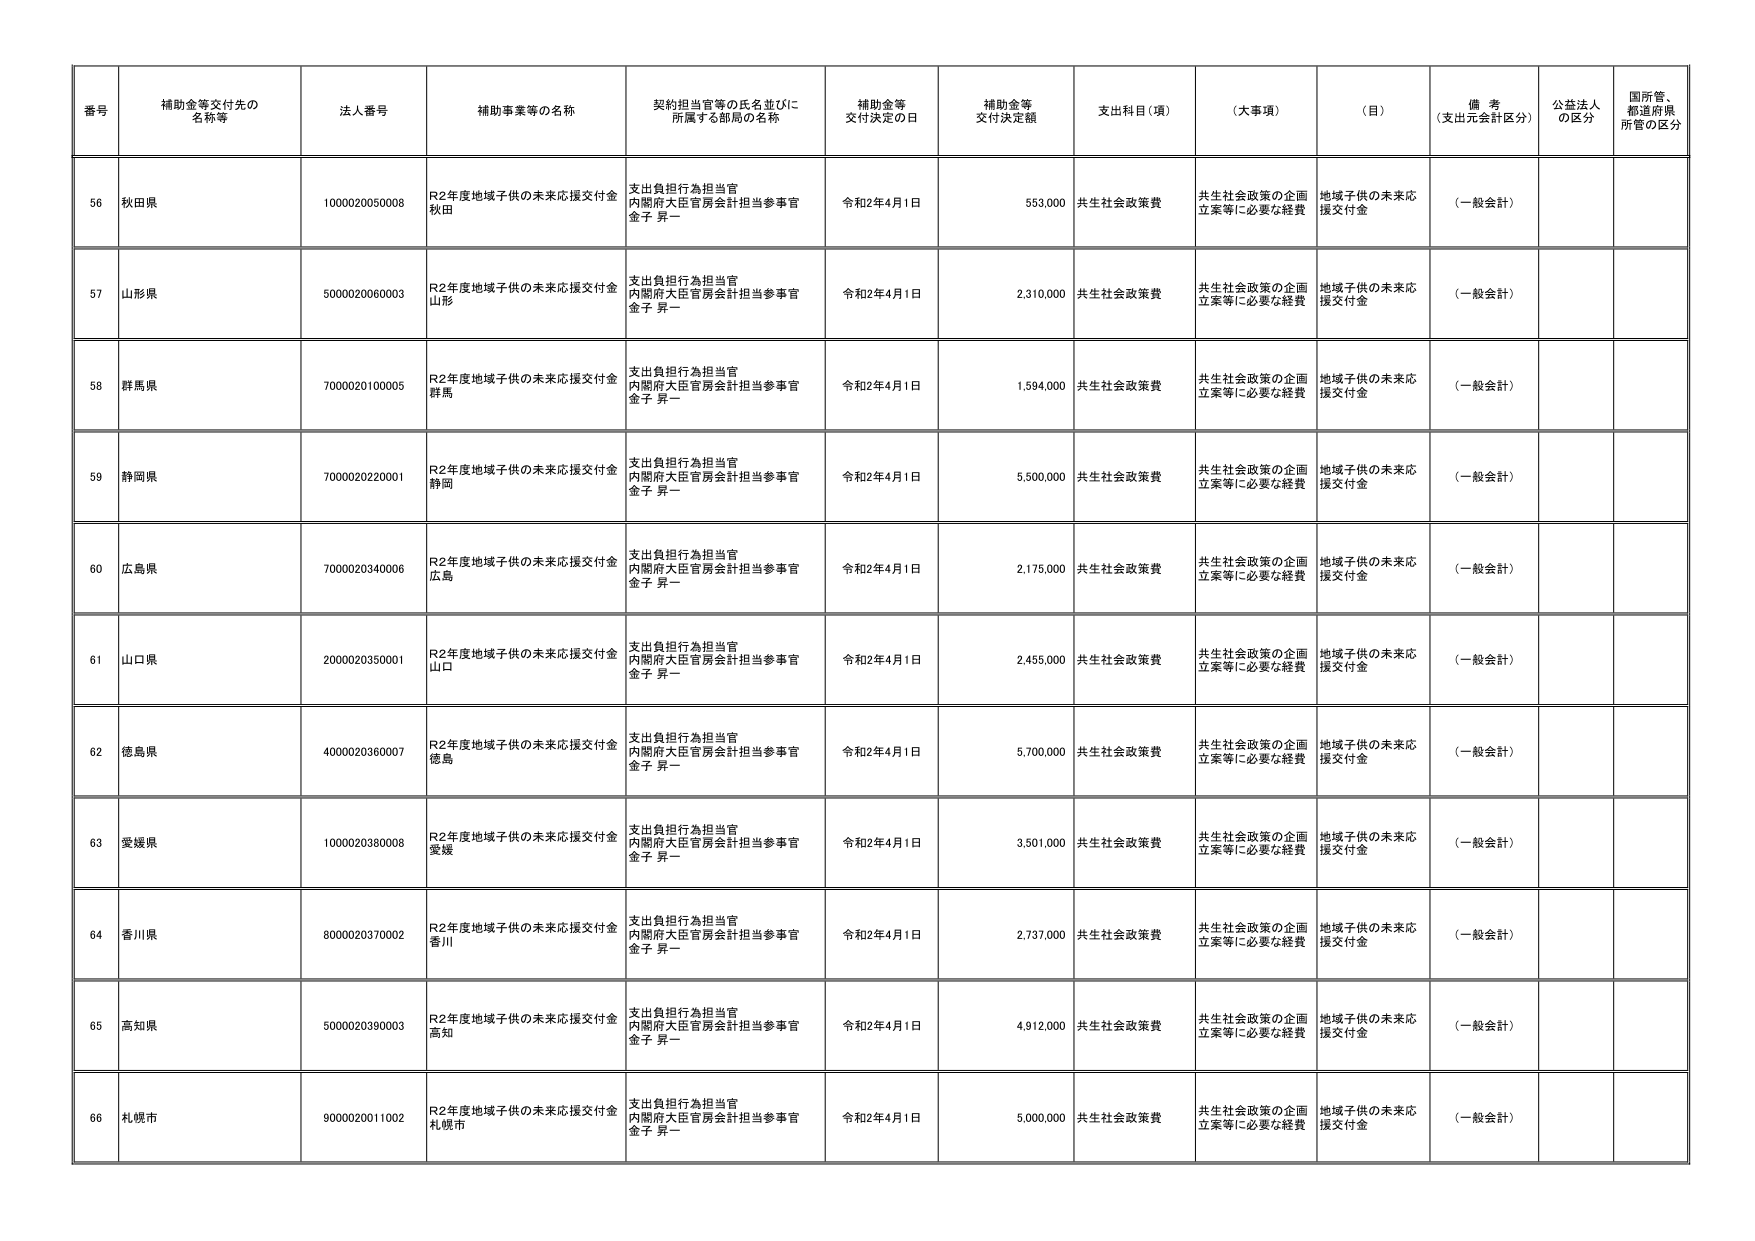
番号 補助金等交付先の名称等 法人番号 補助事業等の名称 契約担当官等の氏名並びに所属する部局の名称 補助金等交付決定の日 補助金等交付決定額 支出科目（項） （大事項） （目） 備考（支出元会計区分） 公益法人の区分 国所管、都道府県所管の区分
56 秋田県 1000020050008 R2年度地域子供の未来応援交付金 秋田 支出負担行為担当官 内閣府大臣官房会計担当参事官 金子 昇一 令和2年4月1日 553,000 共生社会政策費 共生社会政策の企画立案等に必要な経費 地域子供の未来応援交付金 （一般会計）
57 山形県 5000020060003 R2年度地域子供の未来応援交付金 山形 支出負担行為担当官 内閣府大臣官房会計担当参事官 金子 昇一 令和2年4月1日 2,310,000 共生社会政策費 共生社会政策の企画立案等に必要な経費 地域子供の未来応援交付金 （一般会計）
58 群馬県 7000020100005 R2年度地域子供の未来応援交付金 群馬 支出負担行為担当官 内閣府大臣官房会計担当参事官 金子 昇一 令和2年4月1日 1,594,000 共生社会政策費 共生社会政策の企画立案等に必要な経費 地域子供の未来応援交付金 （一般会計）
59 静岡県 7000020220001 R2年度地域子供の未来応援交付金 静岡 支出負担行為担当官 内閣府大臣官房会計担当参事官 金子 昇一 令和2年4月1日 5,500,000 共生社会政策費 共生社会政策の企画立案等に必要な経費 地域子供の未来応援交付金 （一般会計）
60 広島県 7000020340006 R2年度地域子供の未来応援交付金 広島 支出負担行為担当官 内閣府大臣官房会計担当参事官 金子 昇一 令和2年4月1日 2,175,000 共生社会政策費 共生社会政策の企画立案等に必要な経費 地域子供の未来応援交付金 （一般会計）
61 山口県 2000020350001 R2年度地域子供の未来応援交付金 山口 支出負担行為担当官 内閣府大臣官房会計担当参事官 金子 昇一 令和2年4月1日 2,455,000 共生社会政策費 共生社会政策の企画立案等に必要な経費 地域子供の未来応援交付金 （一般会計）
62 徳島県 4000020360007 R2年度地域子供の未来応援交付金 徳島 支出負担行為担当官 内閣府大臣官房会計担当参事官 金子 昇一 令和2年4月1日 5,700,000 共生社会政策費 共生社会政策の企画立案等に必要な経費 地域子供の未来応援交付金 （一般会計）
63 愛媛県 1000020380008 R2年度地域子供の未来応援交付金 愛媛 支出負担行為担当官 内閣府大臣官房会計担当参事官 金子 昇一 令和2年4月1日 3,501,000 共生社会政策費 共生社会政策の企画立案等に必要な経費 地域子供の未来応援交付金 （一般会計）
64 香川県 8000020370002 R2年度地域子供の未来応援交付金 香川 支出負担行為担当官 内閣府大臣官房会計担当参事官 金子 昇一 令和2年4月1日 2,737,000 共生社会政策費 共生社会政策の企画立案等に必要な経費 地域子供の未来応援交付金 （一般会計）
65 高知県 5000020390003 R2年度地域子供の未来応援交付金 高知 支出負担行為担当官 内閣府大臣官房会計担当参事官 金子 昇一 令和2年4月1日 4,912,000 共生社会政策費 共生社会政策の企画立案等に必要な経費 地域子供の未来応援交付金 （一般会計）
66 札幌市 9000020011002 R2年度地域子供の未来応援交付金 札幌市 支出負担行為担当官 内閣府大臣官房会計担当参事官 金子 昇一 令和2年4月1日 5,000,000 共生社会政策費 共生社会政策の企画立案等に必要な経費 地域子供の未来応援交付金 （一般会計）